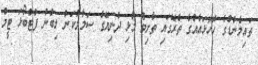
ތައިލެންޑްގެ ހޮހޮޅައެއްގެ ތެރޭގައި ތާށިވެ މުޅި ދުނިޔޭގެ ސަމާލުކަން ލިބުނު ފުޓްބޯޅަ ޓީމް